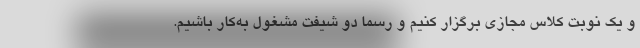
و یک نوبت کلاس مجازی برگزار کنیم و رسما دو شیفت مشغول به‌کار باشیم.